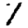
Digit: 1